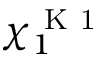
\chi _ { 1 } ^ { \mathrm { ~ K ~ 1 ~ } }